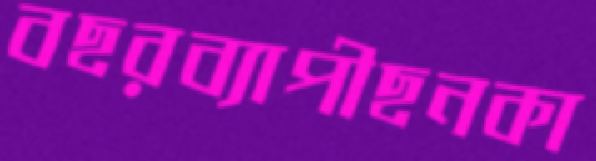
বছরব্যাপীছনকা